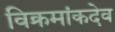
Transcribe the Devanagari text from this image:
विक्रमांकदेव